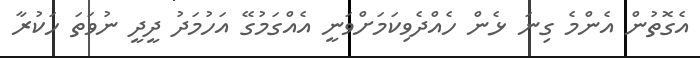
އެގޮތުން އެންމެ ގިނަ ޅެން ހެއްދެވިކަމަށްވަނީ އެއްގަމުގޭ އަހުމަދު ދީދީ ނުވަތަ ހަކުރާ